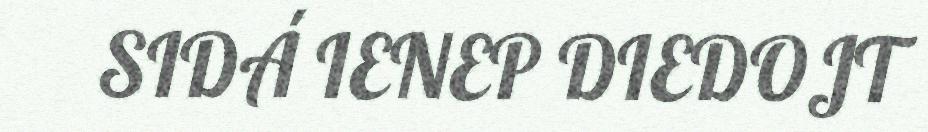
SIDÁ IENEP DIEDOJT